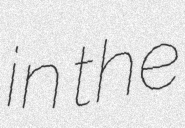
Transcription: in the